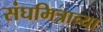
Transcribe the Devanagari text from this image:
संघमित्राच्या